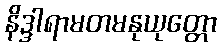
နိဒ္ဒါရာမတမနုယုတ္တော